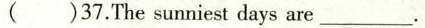
( ) 37.The sunniest days are___.